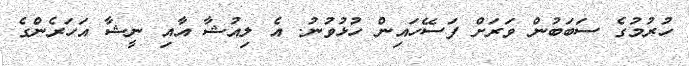
ހުރުމުގެ ސަބަބުން ވަރަށް ފަސޭހައިން ހުޅުވުނު. އެ ލިއުޝާ އާއި ނީޝާ އަހަރެންގެ